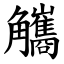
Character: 觿